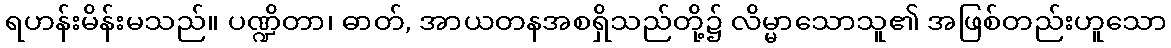
ရဟန်းမိန်းမသည်။ ပဏ္ဍိတာ၊ ဓာတ်, အာယတနအစရှိသည်တို့၌ လိမ္မာသောသူ၏ အဖြစ်တည်းဟူသော